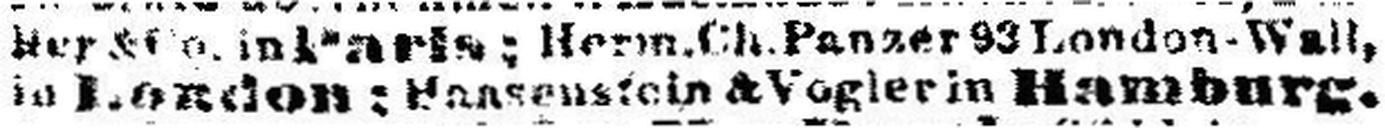
in London; li###stein & Vogler in Hamburg,